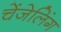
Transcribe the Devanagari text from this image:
चेंजेलिंग